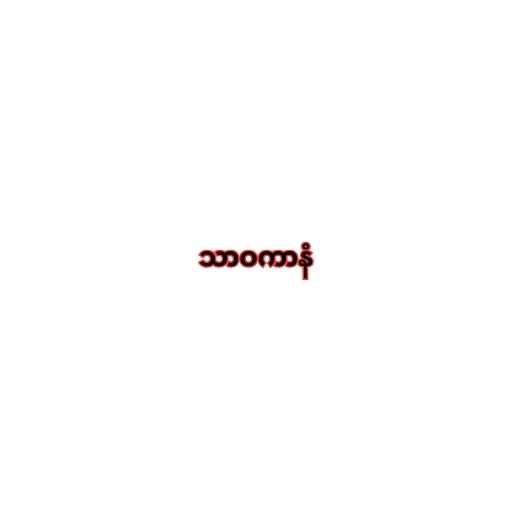
သာဝကာနံ